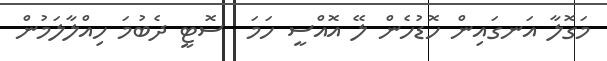
މަގޮލާ އަނގައިން ހޮޑުހެން ލޭ އޮއްސީ ހަމަ  ސޮޓީ ދެބުމަ ހިއްލާލަމުން